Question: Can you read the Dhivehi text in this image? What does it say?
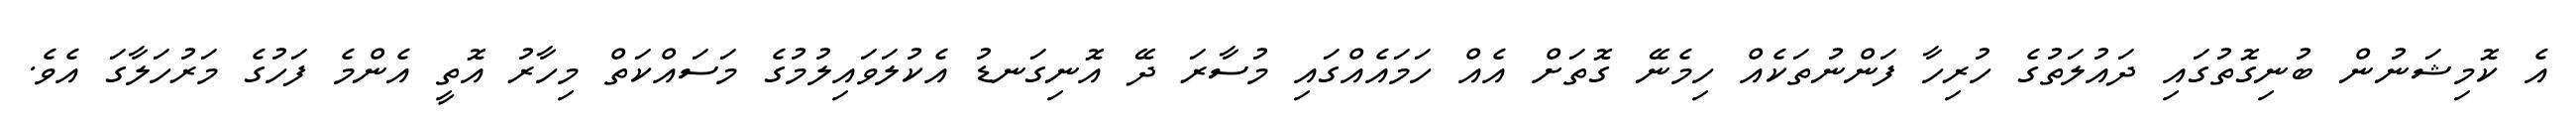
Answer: އެ ކޮމިޝަނުން ބުނިގޮތުގައި ދައުލަތުގެ ހުރިހާ ފަންނުތަކެއް ހިމެނޭ ގޮތަށް އެއް ހަމައެއްގައި މުސާރަ ދޭ އޮނިގަނޑު އެކުލަވައިލުމުގެ މަސައްކަތް މިހާރު އޮތީ އެންމެ ފަހުގެ މަރުހަލާގަ އެވެ.